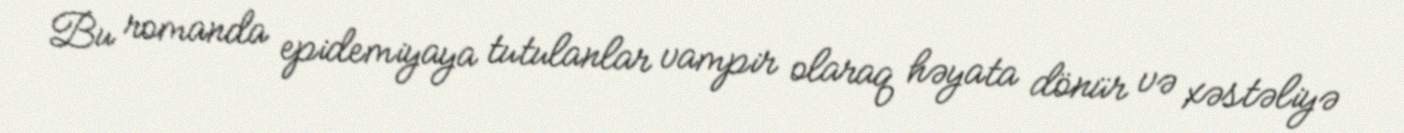
Bu romanda epidemiyaya tutulanlar vampir olaraq həyata dönür və xəstəliyə